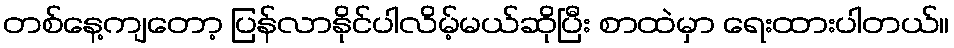
တစ်နေ့ကျတော့ ပြန်လာနိုင်ပါလိမ့်မယ်ဆိုပြီး စာထဲမှာ ရေးထားပါတယ်။